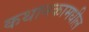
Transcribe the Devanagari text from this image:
कथानकामधील